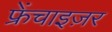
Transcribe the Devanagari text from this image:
फ्रेंचाइज़र